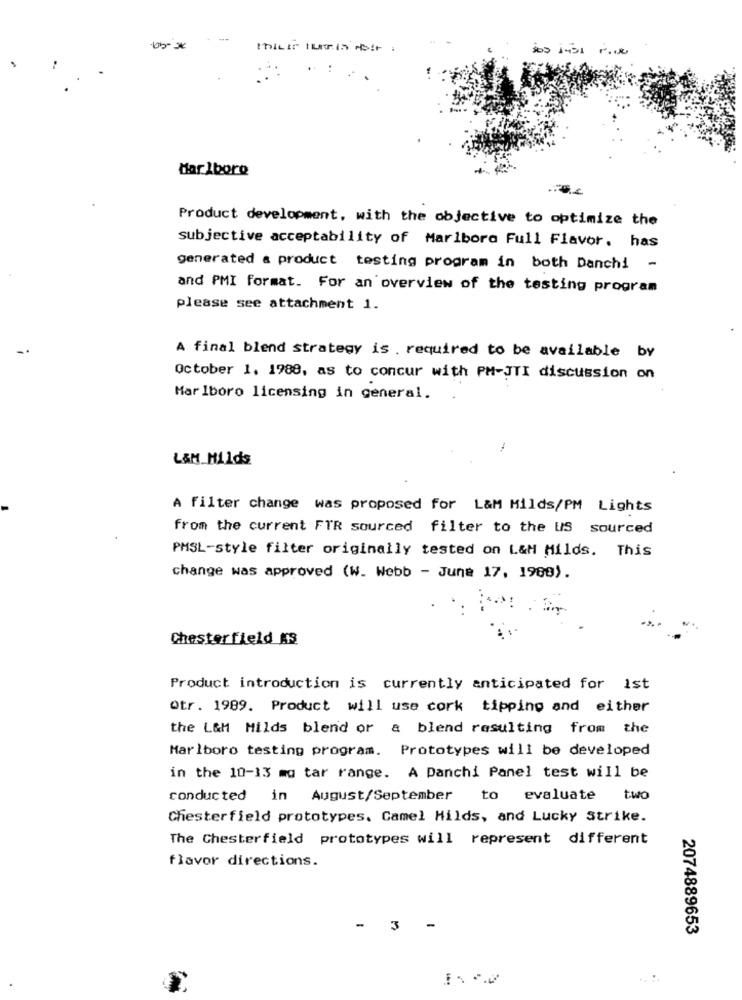
Marlboro
Product development, with the objective to optimize the
subjective acceptability of Marlboro Full Flavor. has
generated a product testing program in both Danchi -
and PMI format. For an overview of the testing program
please see attachment 1.
-
A final blend strategy is required to be available by
October 1. 1988, as to concur with PM-JTI discussion on
Marlboro licensing in general.
L&M Hilds
A filter change was proposed for L&M Milds/PM Lights
from the current FIR sourced filter to the US sourced
PMSL-style filter originally tested on L&M Milds. This
change was approved (W. Webb - June 17, 1988).
Chesterfield AS
Product introduction is currently anticipated for ist
Otr. 1989. Product will use cork tipping and either
the L&M Hilds blend or a blend resulting from the
Marlboro testing program. Prototypes will be developed
in the 10-13 mo tar range. A Panchi Panel test will be
conducted in August/September
to evaluate two
Chesterfield prototypes. Camel Hilds, and Lucky Strike.
The Chesterfield prototypes will represent different
flavor directions.
-
3
2074889653